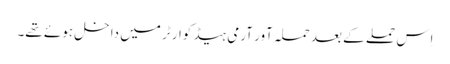
اِس حملے کے بعد حملہ آور آرمی ہیڈ کوارٹر میں داخل ہوئے تھے۔